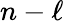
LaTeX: n-\ell